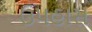
ઉપહાસ